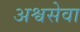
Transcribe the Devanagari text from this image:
अश्वसेवा